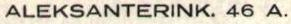
ALEKSANTERINK. 46 A